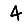
Digit: 4